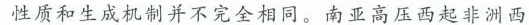
性质和生成机制并不完全相同。南亚高压西起非洲西